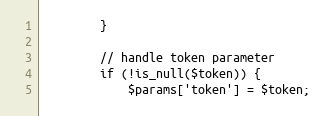
Language: PHP
        }

        // handle token parameter
        if (!is_null($token)) {
            $params['token'] = $token;